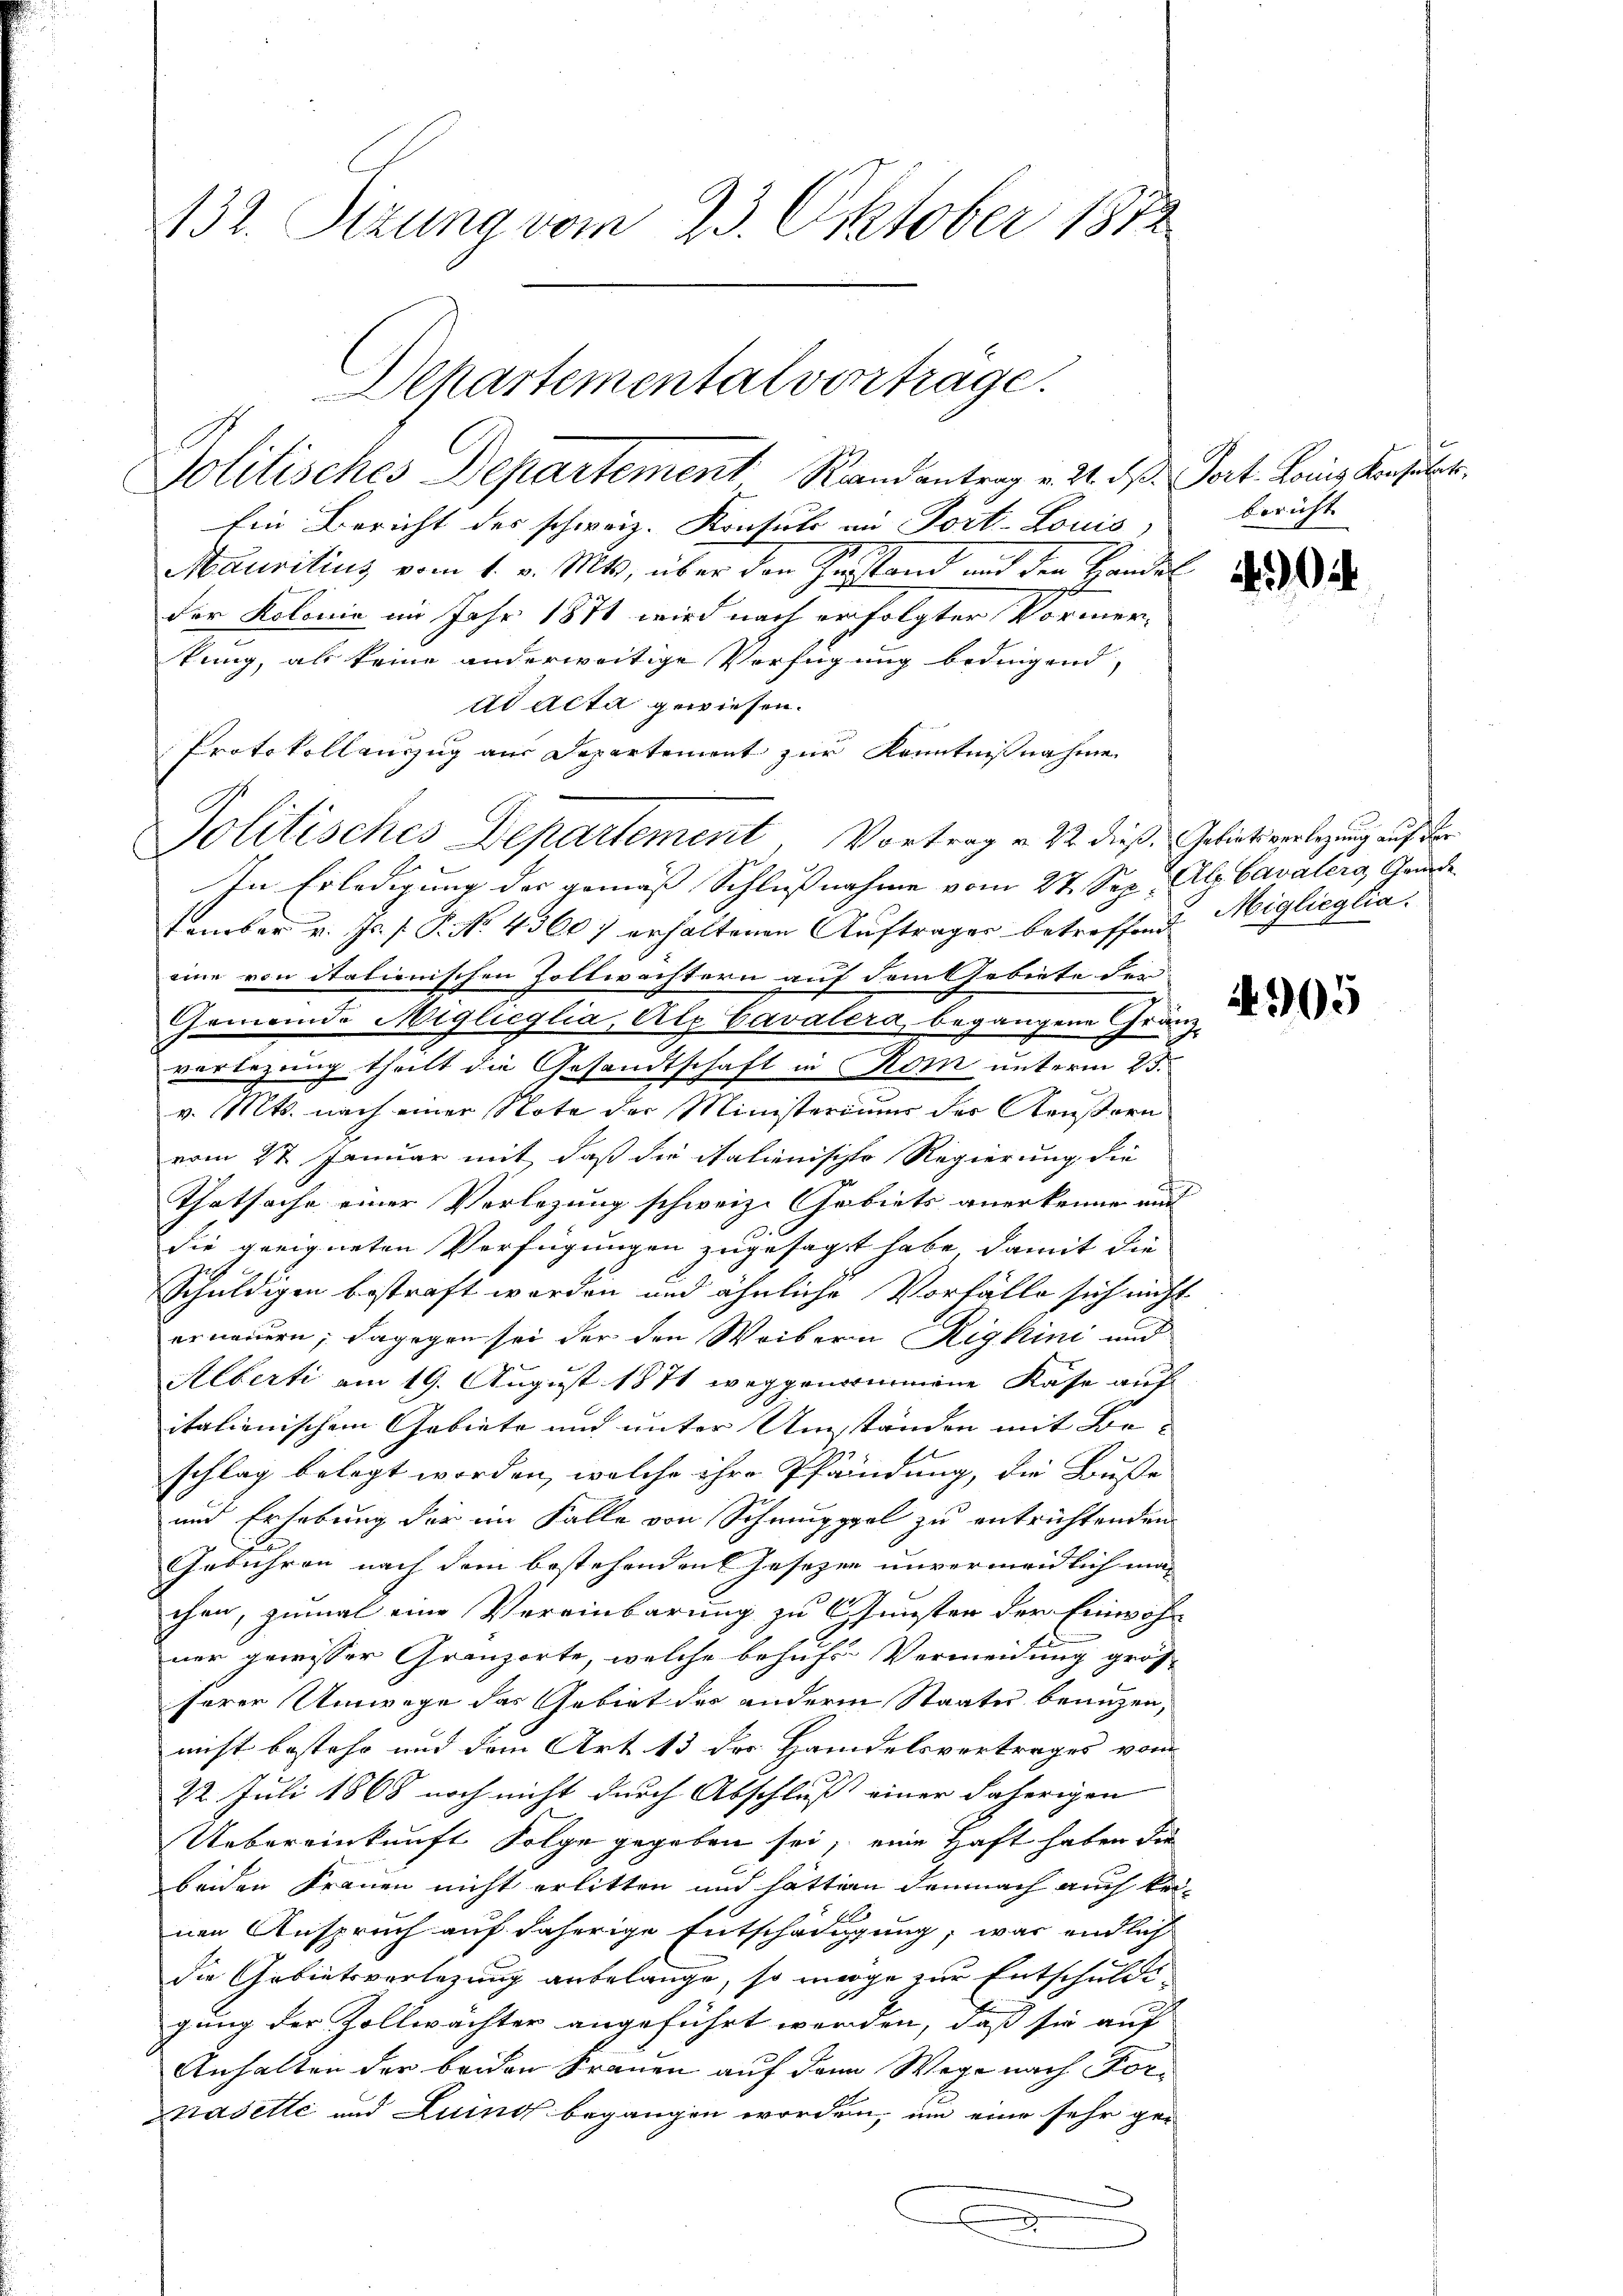
432. Sizung vom 23. Oktober 1872

Departementalvorträge.
Politisches Departement Randantrag v. 24. d. Port. Louis Konsuler.

Ein Bericht des schweiz. Konsuls in Port-Louis
Mauritius vom 1. v. Mts, über den Zustand und den Handel
der Kolonie im Jahr 1871 wird nach erfolgter Vormertung, als keine anderweitige Verfügung bedingend
ad acta gewiesen.
Protokollauszug aus Departement zur Kenntnißnahme
Politisches Departement, Vortrag v. 22. dieß Gebiets verlegung auf der
In Erledigung der gemäss Schlussnahme vom 27. Sep. Atzbavalera, Gant
tember v. Js. f. P. No. 43607 erhaltenen Auftrages betreffend
eine von italienischen Zollwachtern auf dem Gebiete der
Gemeinde Miglicglia, Ate Cavalera, begangene Gränzvorlegung theilt die Gesandtschaft in Rom unterm 23.
v. Mts. nach einer Note der Ministeriums der Konstern
vom 27. Januar mit, daß die italienische Regierung die
Thatsache einer Verlegung schweiz. Gebiets anerkenne und
die geeigneten Verfügungen zugesagt habe, damit die
Schuldigen bestraft werden und ähnliche Vorfälle sich nicht
erneuern; dagegen sei der den Weibern Rigkini und
Alberti am 19. August 1871 weggenommmene Kase auf
italienischem Gebiete und unter Umständen mit Be-
schlag belegt worden, welche ihre Pfändung, die Buße
und Erhebung der im Falle von Schmupppel zu entrichtenden
Gebühren nach dem bestehenden Jasezen unvermeidlich machen, zumal eine Vereinbarung zu Gunsten der Einwohn
ner gewisser Granzorte, welche behufs Vermeidung grös-
herer Umwege das Gebiet des anderm Staates beanzen,
nicht bestehe und dem Art 13 der Handelsvertrages vom
22. Juli 1868 noch nicht durch Abschluss einer daherigen |
Uebereinkunft Folge gegeben sei, eine Haft haben die
beiden Frauen nicht erlitten und hattien demnach auch kei¬
El
nen Anspruch auf daherige Entschädigung, was endlich
die Gebietsverlegung anbelange, so möge zur Entschuldigung der Zollwächter angeführt werden, dass sie auf
Anhalten der beiden Frauen auf dann Wege nach Forpasette und Luino begangen worden, um eine sehr ge-
2

bericht

404

1905

Miglieglia.